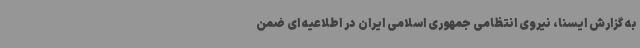
به گزارش ایسنا، نیروی انتظامی جمهوری اسلامی ایران در اطلاعیه ای ضمن